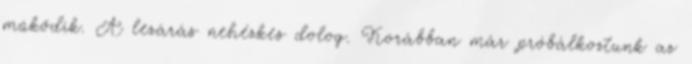
működik. A lezárás nehézkes dolog. Korábban már próbálkoztunk az